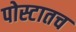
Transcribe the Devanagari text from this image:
पोस्टातच